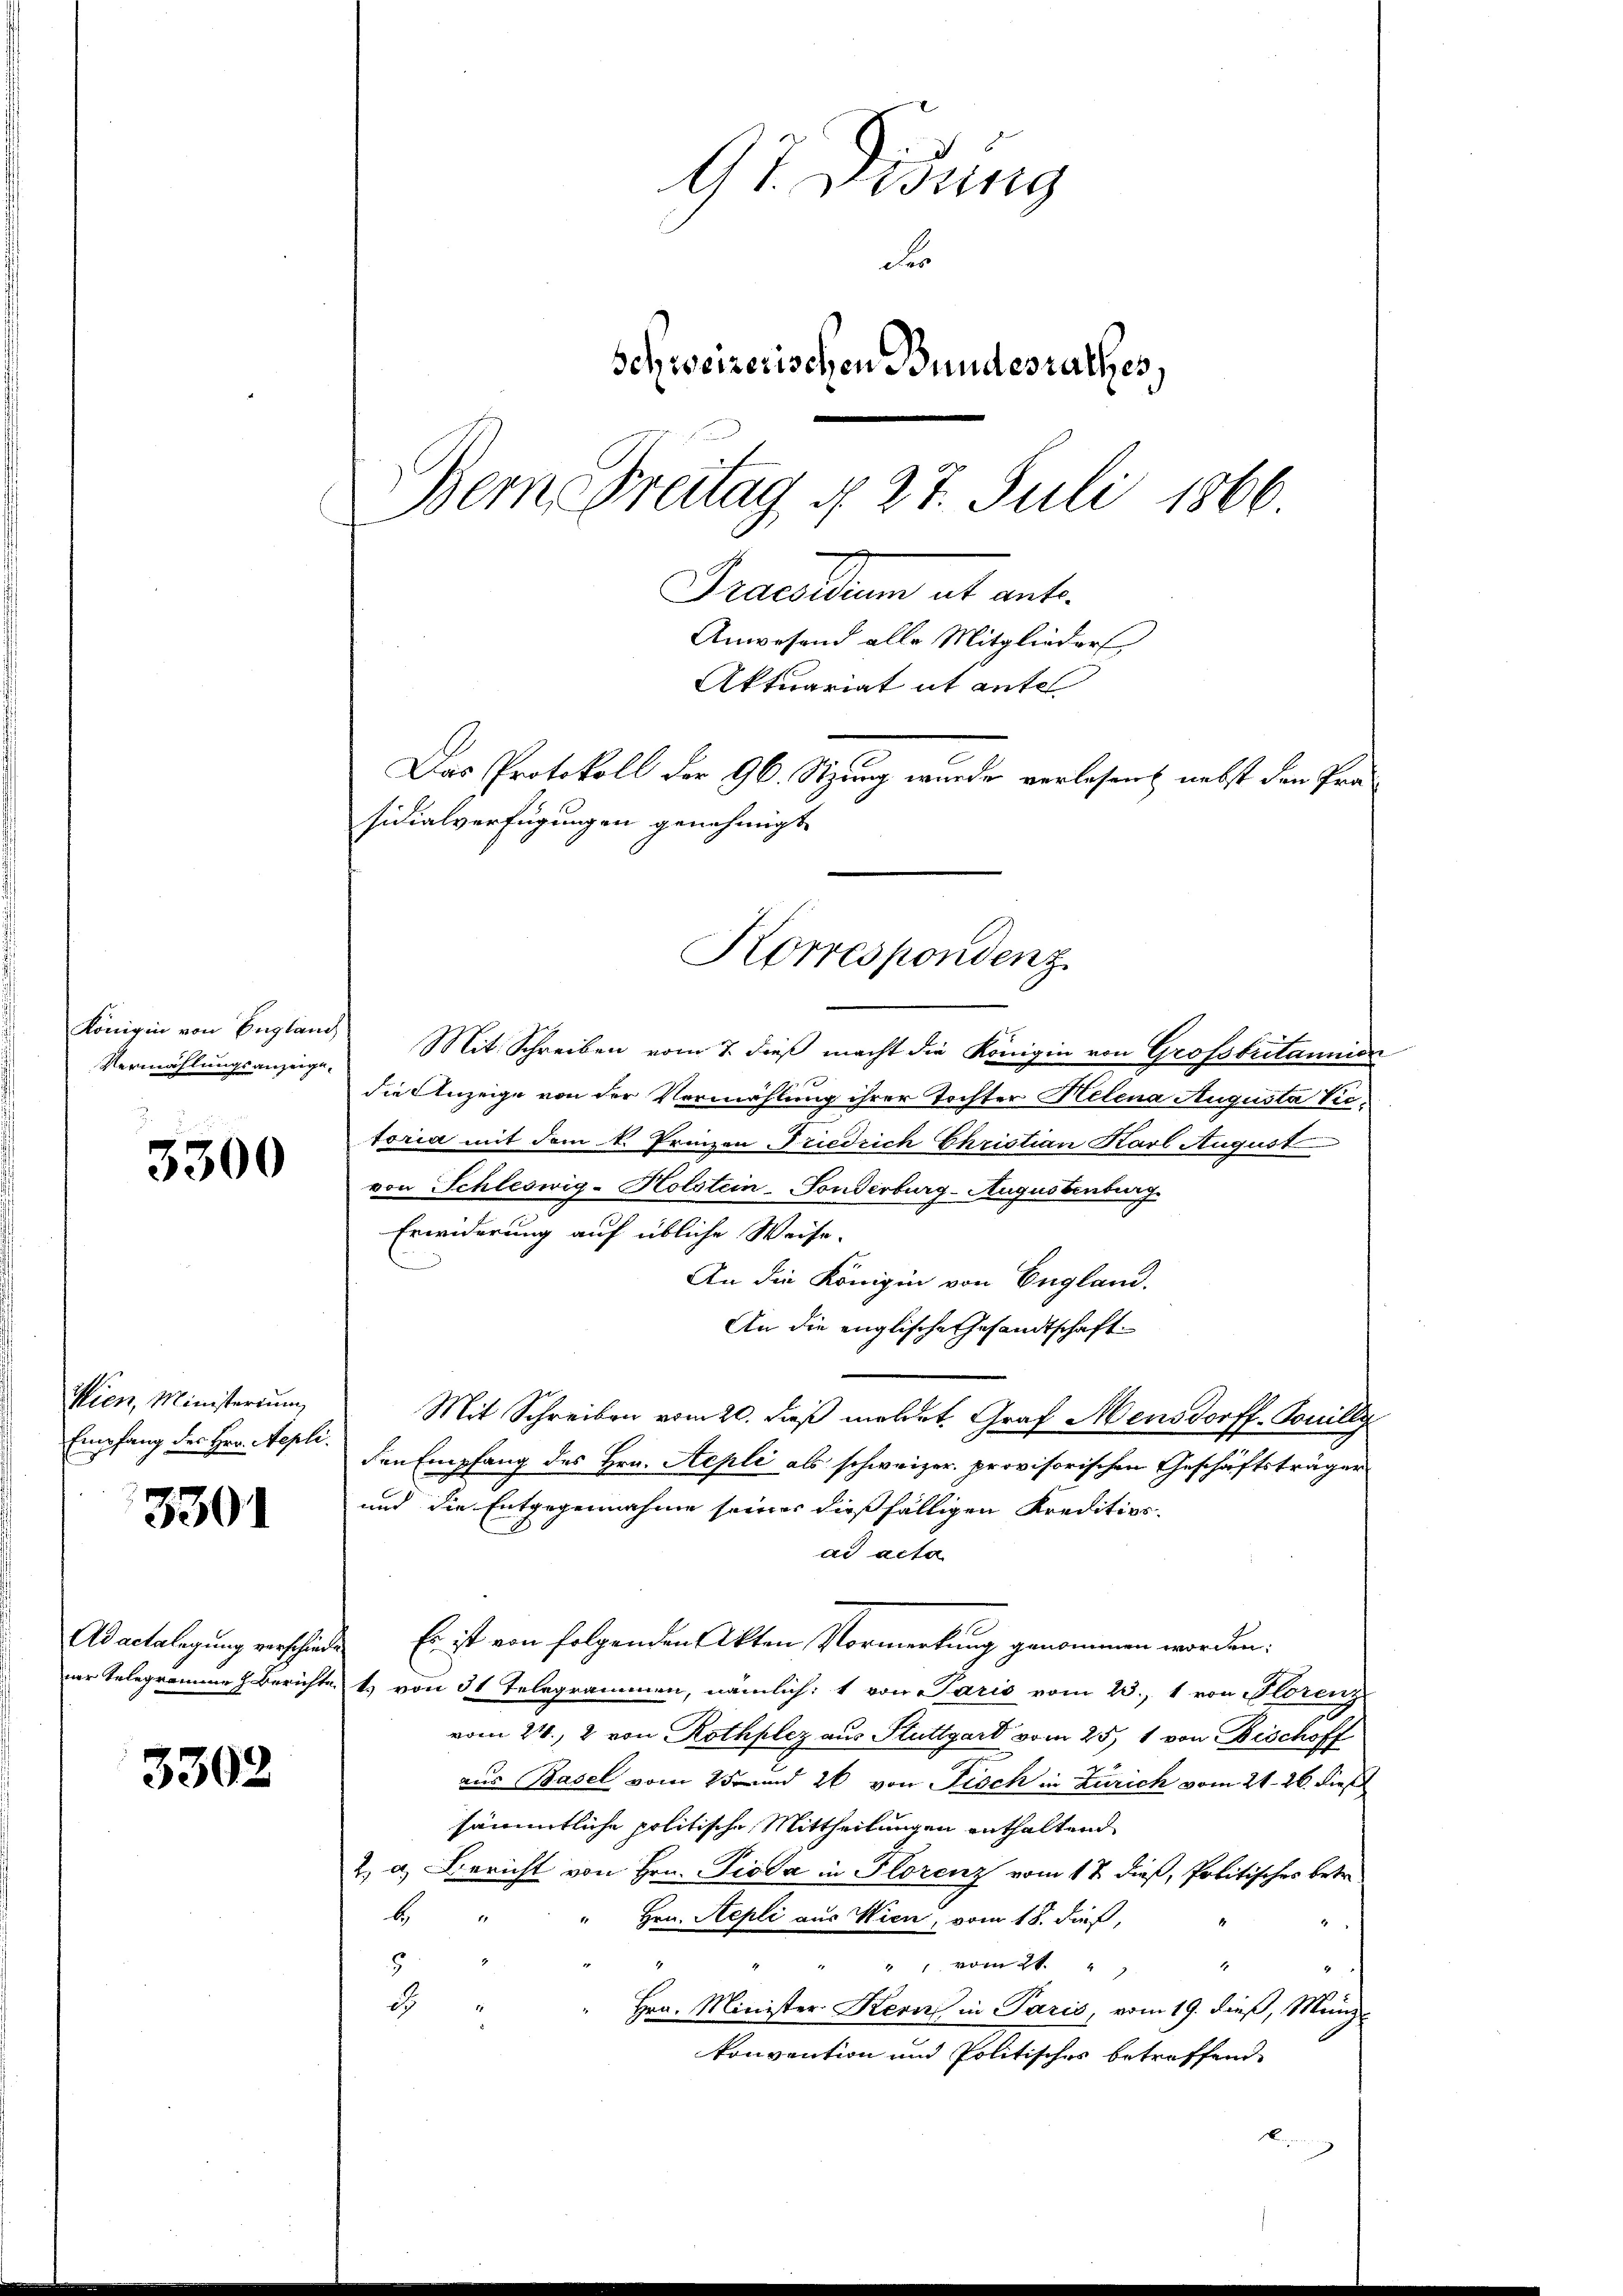
Königin von England
Vermählungsanzeige

3300

Wien, Ministerium
Empfang des Hrn. Nepli.

3301

Ad actalegung verschied
ner Telegramme h. Berichte

3302

97. Didung
d
Schweizerischen Bundesrathes,
Berne Freitag § 27. Juli 1866
Praesiden et ent
Anwesend alle Mitglieder
Aktuariat it antel
Das Protokoll der 96. Sitzung wurde verlesen nebst den Präsidialverfügungen genehmigt.

Korrespondenz.

Mit Schreiben vom 7. dieβ macht die Königin von Grofsbritannien
die Anzeige von der Vermählung ihrer Tochter Helena Augusta Vitoria mit dem k. Prinzon-Friedrich Christian Karl August
von Schleswig-Holstein-Fonderburg-Augustenberg
Erwiderung auf übliche Weise.
An die Königin von England.
An die englische Gesandtschaft¬
Mit Schreiben vom 20. dieß meldet, Graf Mensdorff-Touilly
den Empfang des Hrn. Aepli als schweizer. provisorischen Geschäftsträger
und die Entgegennahme seiner dießfälligen Kredition
dd acta
Es ist von folgenden Akten Vormerkung genommen worden
c
t. von 31 Telegrammen, nämlich: 1 von Paris vom 23. 1 von Florenz
vom 24. 2 von Rothplez aus Stuttgart vom 25. 1 von Beschoff
aus Basel vom 25. und 26 von Fisch in Zürich vom 21. 26. dieß
sämmtliche politische Mittheilungen enthaltend
2. a. Bericht von Hrn. Pioda in Florenz vom 17. dieß, Politisches betr.
b
" Hrn. Aepli aus Wien, vom 18. dieß,
4
" " vom 21. „
8
d
Hrn. Minister Kern in Paris, vom 19. dieß, Mund
konvention und Politisches betreffend
rung